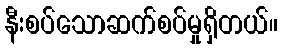
နီးစပ်သောဆက်စပ်မှုရှိတယ်။